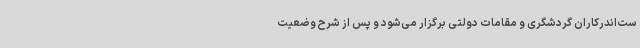
ست‌اندرکاران گردشگری و مقامات دولتی برگزار می‌شود و پس از شرح وضعیت